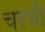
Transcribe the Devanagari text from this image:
चरमी